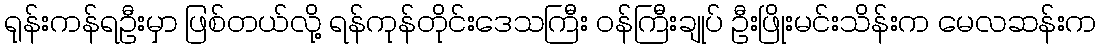
ရုန်းကန်ရဦးမှာ ဖြစ်တယ်လို့ ရန်ကုန်တိုင်းဒေသကြီး ဝန်ကြီးချုပ် ဦးဖြိုးမင်းသိန်းက မေလဆန်းက